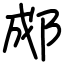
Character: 郕